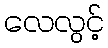
လေလွင့်